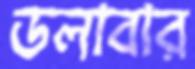
ডলাবার